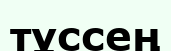
тұссең